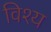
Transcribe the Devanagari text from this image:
विश्य